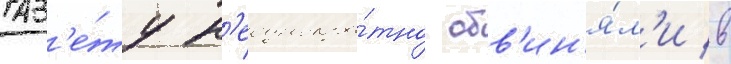
Газ'е́ту н'еоднокра́тно обв'ин'я́л'и в